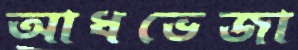
আধভেজা